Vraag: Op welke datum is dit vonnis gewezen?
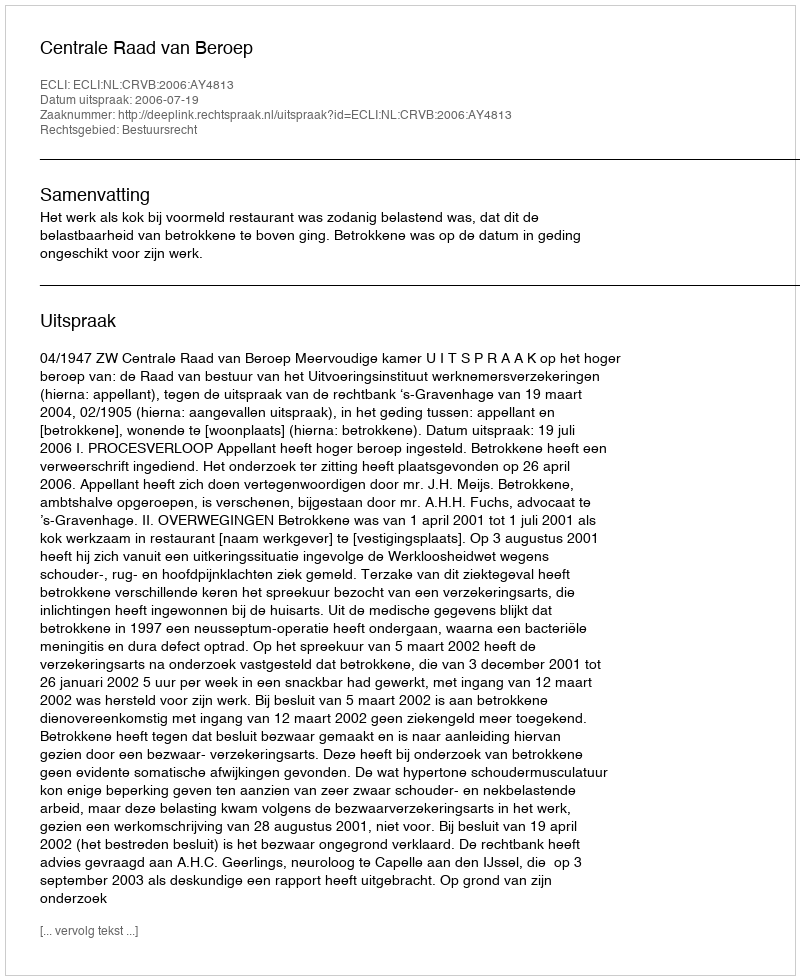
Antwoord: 2006-07-19